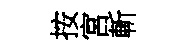
按宮斬